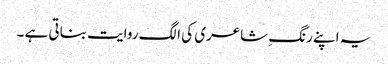
یہ اپنے رنگِ شاعری کی الگ روایت بناتی ہے ۔